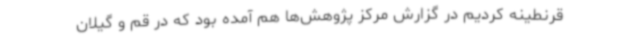
قرنطینه کردیم در گزارش مرکز پژوهش‌ها هم آمده بود که در قم و گیلان